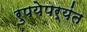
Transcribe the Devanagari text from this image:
रुपयेपर्यंत